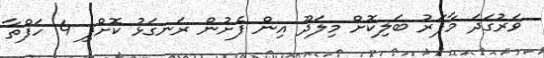
ވަރުގަދަ މާފަރު ބަލިކޮށް މިލަދޫ އިން ފެށުން ރަނގަޅު ކޮށްފި 4 ހަފްތާ